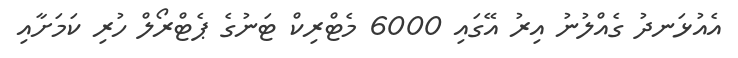
އެއުޅަނދު ގެއްލުނު އިރު އޭގައި 6000 މެޓްރިކް ޓަނުގެ ޕެޓްރޯލް ހުރި ކަމަށާއި